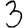
Digit: 3